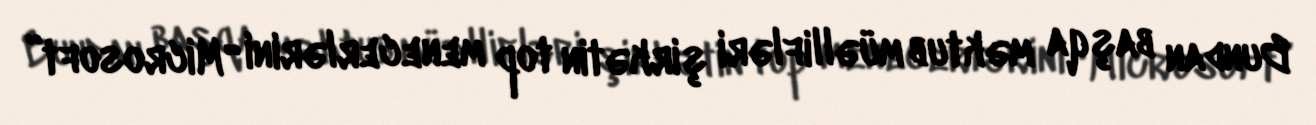
Bundan başqa məktub müəllifləri şirkətin top menecerlərini “Microsoft”